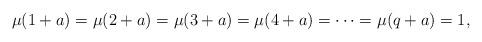
LaTeX: \begin{align*}\mu(1+a)=\mu(2+a)=\mu(3+a)=\mu(4+a)=\cdots=\mu(q+a)=1,\end{align*}